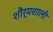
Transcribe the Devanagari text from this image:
शौर्यशाली